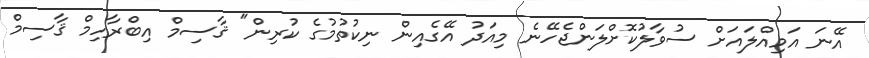
އޭނަ އަމިއްލައަށް ސުވާލުކޮށްލަންޖެހޭނެ މިއަދު އޭގެއިން ނިކުތުމުގެ ކުރިން" ޤާސިމް އިބްރާހިމް ޤާސިމް